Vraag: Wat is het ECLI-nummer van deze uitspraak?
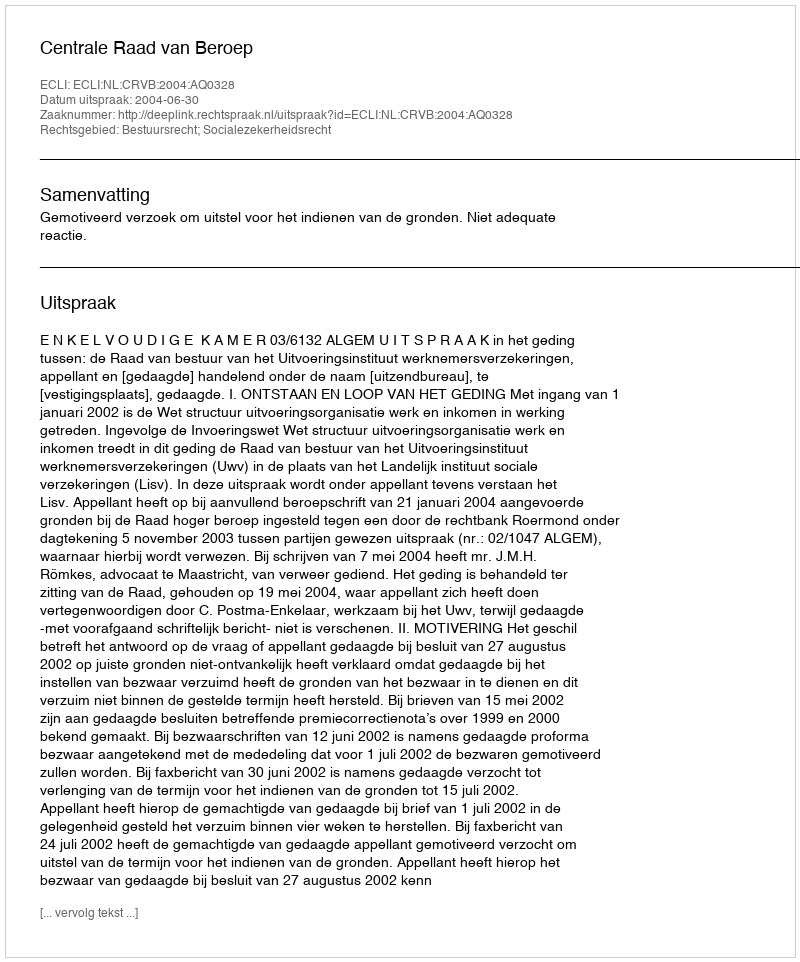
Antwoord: ECLI:NL:CRVB:2004:AQ0328